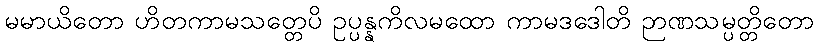
မမာယိတော ဟိတကာမသတ္တေပိ ဥပ္ပန္နကိလမထော ကာမဒဒေါတိ ဉာဏသမ္ပတ္တိတော